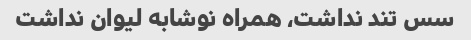
سس تند نداشت، همراه نوشابه لیوان نداشت